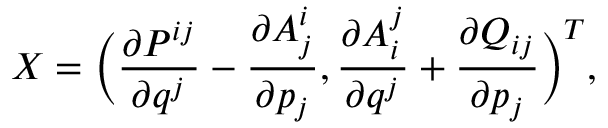
X = \bigg ( \frac { \partial P ^ { i j } } { \partial q ^ { j } } - \frac { \partial A _ { j } ^ { i } } { \partial p _ { j } } , \frac { \partial A _ { i } ^ { j } } { \partial q ^ { j } } + \frac { \partial Q _ { i j } } { \partial p _ { j } } \bigg ) ^ { T } ,